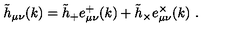
\tilde { h } _ { \mu \nu } ( k ) = \tilde { h } _ { + } e _ { \mu \nu } ^ { + } ( k ) + \tilde { h } _ { \times } e _ { \mu \nu } ^ { \times } ( k ) \ .